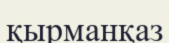
қырманқаз